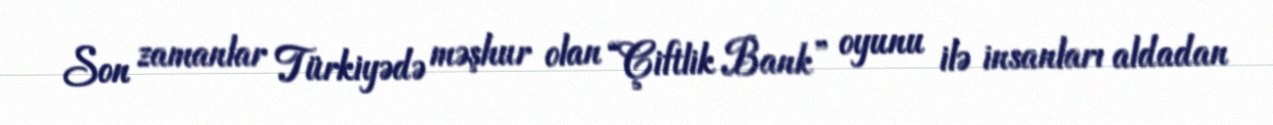
Son zamanlar Türkiyədə məşhur olan “Çiftlik Bank” oyunu ilə insanları aldadan